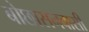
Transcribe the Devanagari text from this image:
बोछासनवासी